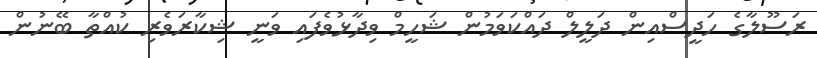
ރަސޫލާގެ ހަދީސްއިން ދަލީލް ދައްކަވަމުން ޝަހީމް ވިދާޅުވެފައި ވަނީ ޝިކާރަވެެރި ކުއްތާ ބޭނުން